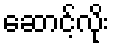
ဆောင့်လိုး